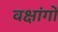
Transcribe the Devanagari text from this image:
वक्षांगों